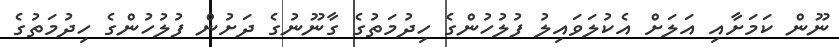
ނޫން ކަމަށާއި އަލަށް އެކުލަވައިލު ފުލުހުންގެ ހިދުމަތުގެ ގާނޫނުގެ ދަށުން ފުލުހުންގެ ހިދުމަތުގެ